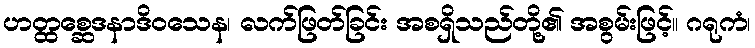
ဟတ္ထစ္ဆေဒနာဒိဝသေန၊ လက်ဖြတ်ခြင်း အစရှိသည်တို့၏ အစွမ်းဖြင့်။ ဂရုကံ၊